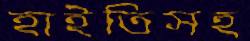
হাইতিসহ